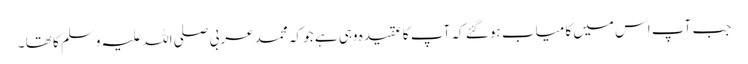
جب آپ اس میں کامیاب ہو گئے کہ آپ کا عقیدہ وہی ہے جو کہ محمد عربی صلی اللہ علیہ وسلم کا تھا ۔